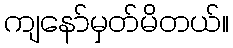
ကျနော်မှတ်မိတယ်။